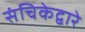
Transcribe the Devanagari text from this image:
संचिकेद्वारे